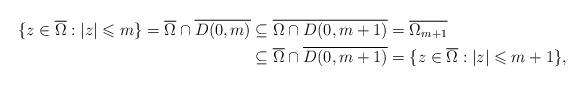
LaTeX: \begin{align*}\{z\in \overline{\Omega}: |z|\leqslant m\}=\overline{\Omega} \cap \overline{D(0,m)} &\subseteq \overline{\Omega \cap D(0,m+1)} = \overline{\Omega_{m+1}}\\&\subseteq \overline{\Omega} \cap \overline{D(0,m+1)}=\{z\in \overline{\Omega}: |z|\leqslant m+1\},\end{align*}